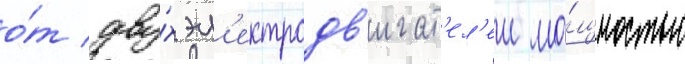
о́т дву́х эл'ектродв'игат'ел'еи мо́щностью